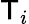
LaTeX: \mathsf{T}_{i}